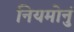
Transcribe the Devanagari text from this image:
नियमोनुं